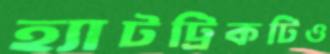
হ্যাটট্রিকটিও